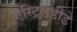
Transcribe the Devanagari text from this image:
एस्ट्रिलडीडे